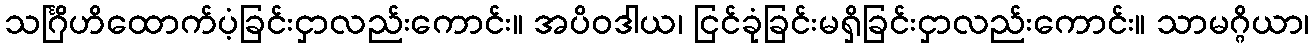
သင်္ဂြိဟိထောက်ပံ့ခြင်းငှာလည်းကောင်း။ အပိဝဒါယ၊ ငြင်ခုံခြင်းမရှိခြင်းငှာလည်းကောင်း။ သာမဂ္ဂိယာ၊